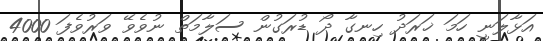
އަޅާލަނީ ހަމަ ޚަރަދު ހިނގާ ދޯ ޑުރަގުން ސަލާމަތް ނުވެވޭ ވަރުވެފަ 4000